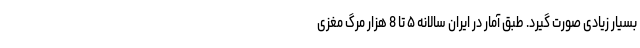
بسیار زیادی صورت گیرد. طبق آمار در ایران سالانه ۵ تا 8 هزار مرگ مغزی